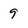
Character: 9